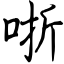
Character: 哳